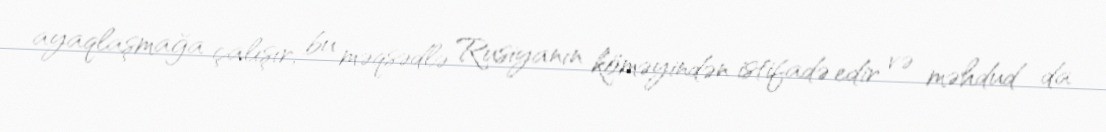
ayaqlaşmağa çalışır, bu məqsədlə Rusiyanın köməyindən istifadə edir və məhdud da